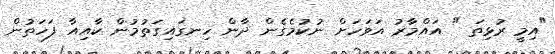
"އިމީ ރުޅިތަ " އައްމާރު އަވަހަށް ނުކުމެގެން ދާން ހިނގައިގަތުމުން ކާއިއާ ފަހަތުން